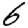
Digit: 6